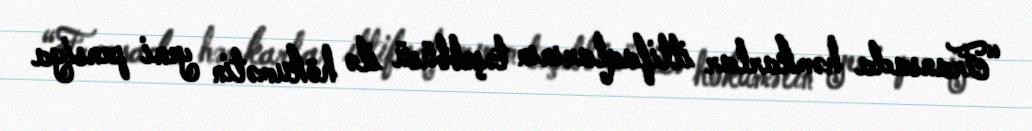
“Fransada həmkarlar ittifaqlarının təşəbbüsü ilə hökumətin yeni pensiya